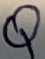
Text: Q